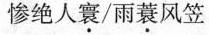
惨绝人寰/雨蓑风笠